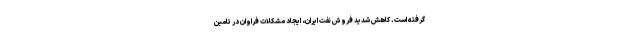
گرفته است. کاهش شدید فروش نفت ایران، ایجاد مشکلات فراوان در تامین